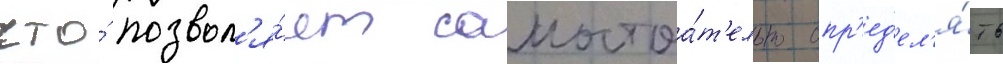
что́ позвол'я́ет самостоа́т'ельно опр'ед'ел'я́ть